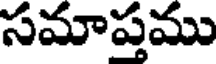
సమాప్తము